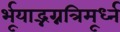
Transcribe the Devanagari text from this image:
र्भूयाद्भग्नत्रिमूर्ध्न